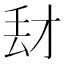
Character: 𰀑